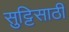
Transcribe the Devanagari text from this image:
सुट्टिसाठी